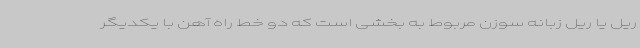
ریل یا ریل زبانه سوزن مربوط به بخشی است که دو خط راه آهن با یکدیگر